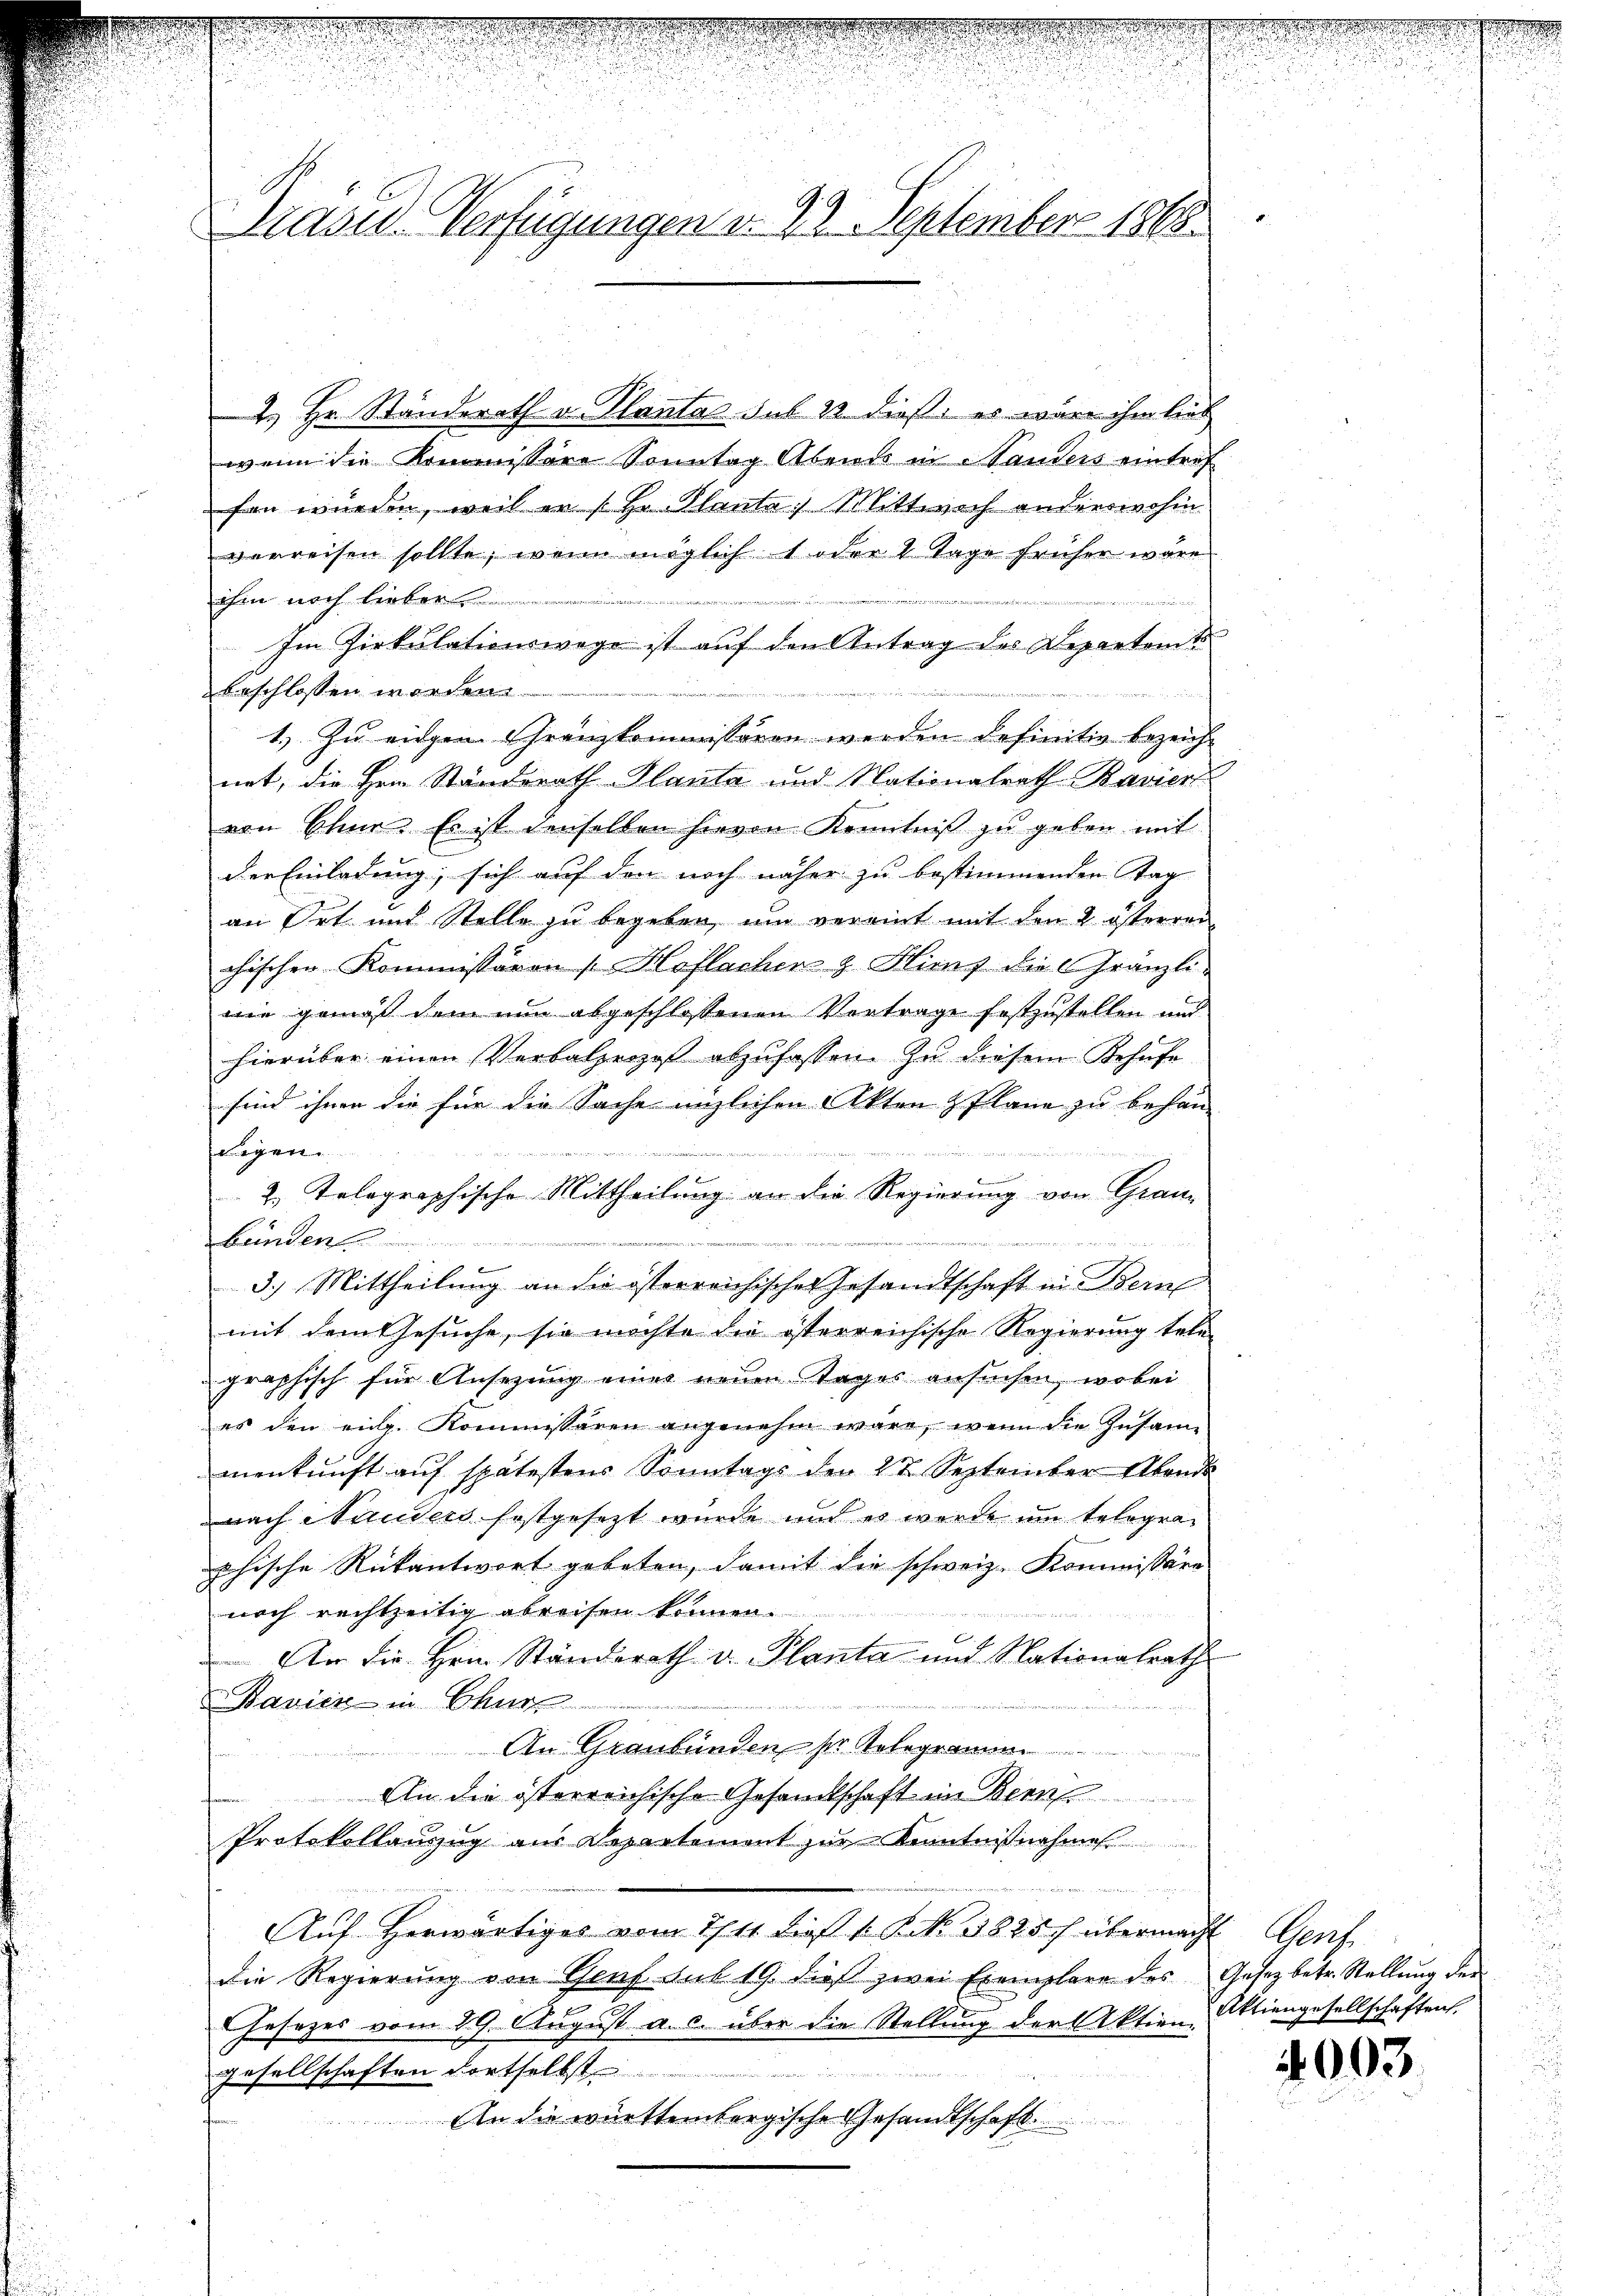
Präsid-Verfügungen v. 29. September 1865.

2. Hr. Ständerath v. Plantas sub 22. dieß es wäre ihm lieb
wenn die Kommissere Sonntag Abends in Standers eintref
fen würden, weil er (Hr. Planta, Mittwoch anderswohin
verreisen sollte, wenn möglich 1 oder 4 Tage früher wäre
ihm noch lieber
1
Im Zirkulationswege ist auf den Antrag des Departamt
beschlossen worden.

1.) Zu eingen Granzkommissären werden definitiv bezeichnet, die Hrn. Standerath Planta und Nationalrath Bavier
von Chur. Es ist denselben hievon Kenntniß zu geben mit
der Einladung, sich auf den noch näher zu bestimmenden Tag
an Ort mit Stelle zu begeben, um vereint mit den 2 österren
chischen Kommissäron Hoflacher & Hirs die Gränzli-
wie gemäß dem nun abgeschlossenen Vortrage festzustellen und
hierüber einen Verbalzero abzufassen. Zu diesem Behufe
sind ihnen die für die Sache englichen Akten & Plane zu behan-
 war an die an
g
2. Telegraphische Mittheilung an die Regierung von Graubünden
3.) Mittheilung an die österreichisches Gesandtschaft in Bern
mit dem Gesuche, sie möchte die österreichische Regierung tele-
graphisch für Ansezung einer neuen Tages ansuchen, wobei
es den eidg. Kommissären angenehm wäre, wenn die Insame
menkunft aŭf spätestens Sonntags den 22. September Abend
nach Standers festgesezt wurde und es wurde um telegra
phische Rückantwort gebeten, damit die schweiz. Kommissäre
noch rechtzeitig abreisen können.

 An die Hrn. Ständerath v. Planta und Nationalrath
Bavien in Churf
An Graubünden ser telegramm
An die österreichische Gesandtschaft ein Bern
Protokollanzug aus Departement zur Kenntnißnahmes
Auf herwärtiges vom 14. dieß s. S. 3825 übermacht Genf
die Regierŭng von Genf dut 19. dieβ zwei Exemplare des Gesetz betr. Stellŭng der
Gesezes vom 29. August a. c. über die Stellung der Aktien Aktiengesellschaften,
gesellschaften dortselbst

An die württembergische Gesandtschaft

4003.